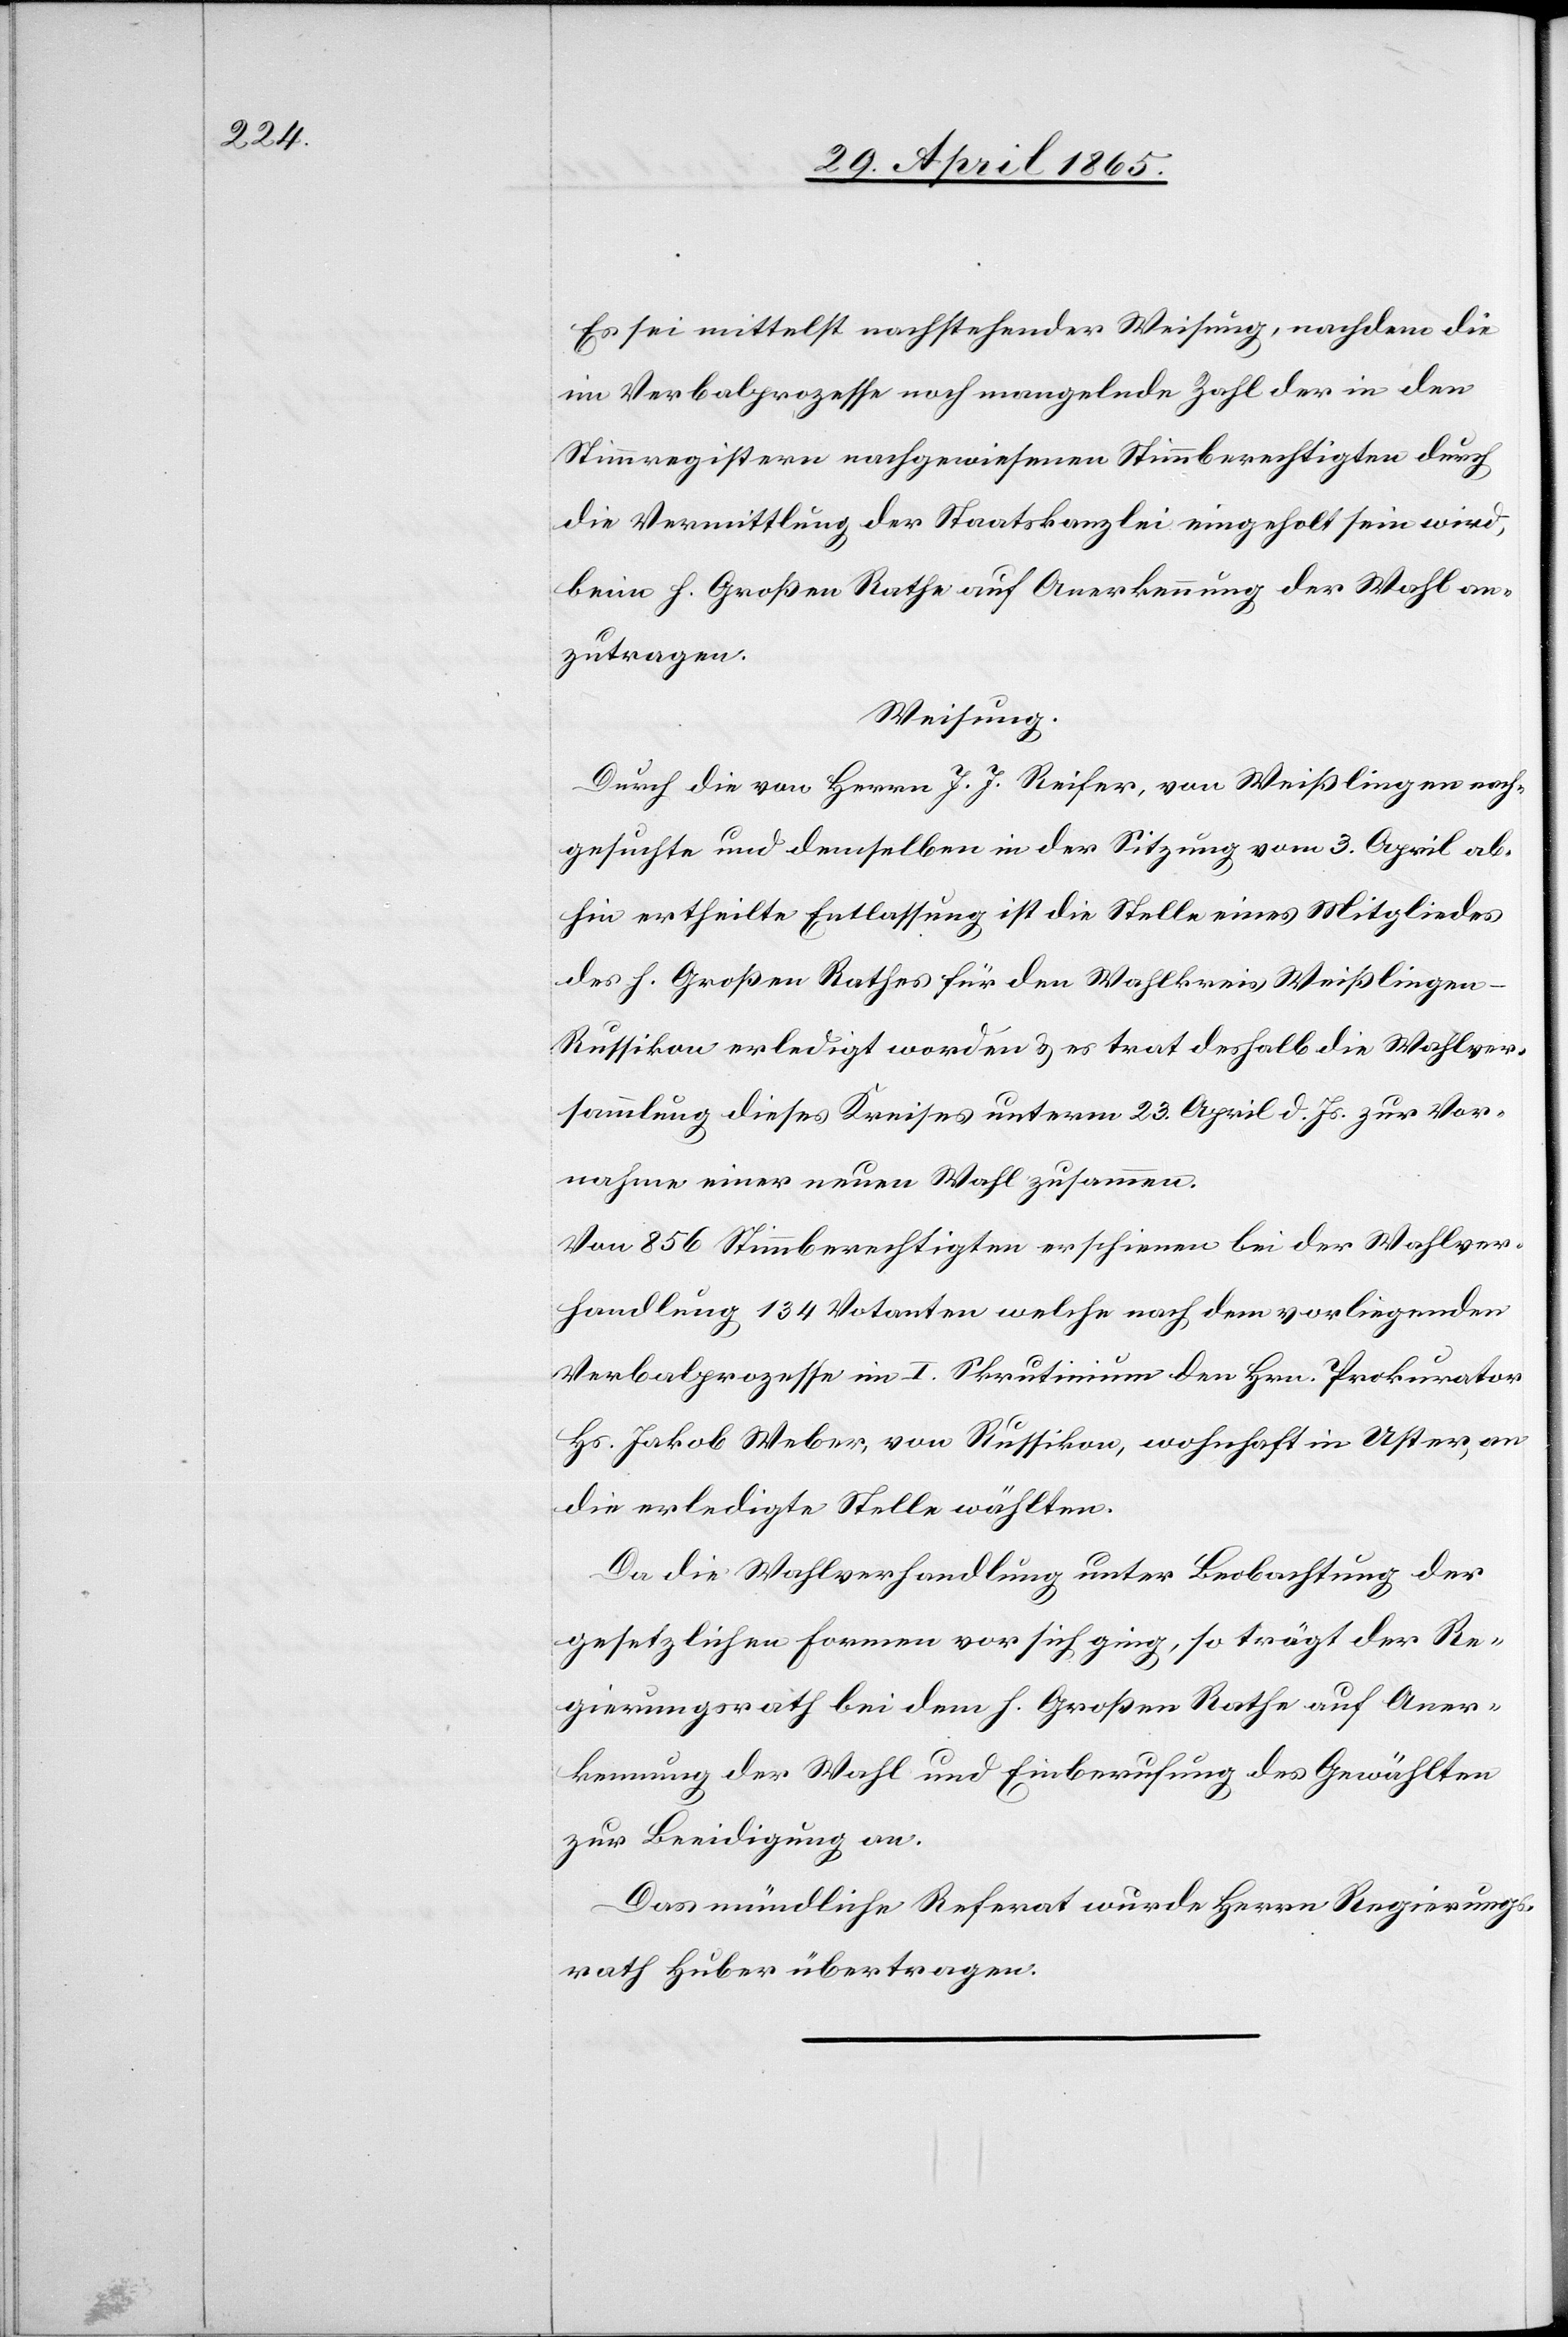
Es sei mittelst nachstehender Weisung, nachdem die
im Verbalprozesse noch mangelnde Zahl der in den
Stimmregistern nachgewiesenen Stimmberechtigten durch
die Vermittlung der Staatskanzlei eingeholt sein wird,
beim h. Großen Rathe auf Anerkennung der Wahl an¬
zutragen.
Weisung.
Durch die von Herrn J. J. Reifer, von Weißlingen nach¬
gesuchte und demselben in der Sitzung vom 3. April ab¬
hin ertheilte Entlassung ist die Stelle eines Mitgliedes
des h. Großen Rathes für den Wahlkreis Weißlinge¬
n-Russikon erledigt worden & es trat deshalb die Wahlver¬
sammlung dieses Kreises unterm 23. April d. Js. zur Vor¬
nahme einer neuen Wahl zusammen.
Von 856 Stimmberechtigten erscheinen bei der Wahlver¬
handlung 134 Votanten welche nach dem vorliegenden
Verbalprozesse im I. Skrutinium den Hrn. Prokurator
Hs. Jakob Weber, von Russikon, wohnhaft in Uster, an
die erledigte Stelle wählten.
Da die Wahlverhandlung unter Beobachtung der
gesetzlichen Formen vor sich ging, so trägt der Re¬
gierungsrath bei dem h. Großen Rathe auf Aner¬
kennung der Wahl und Einberufung des Gewählten
zur Beeidigung an.
Das mündliche Referat wurde Herrn Regierungs¬
rath Huber übertragen.